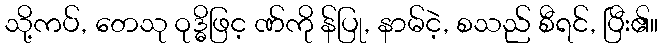
သို့ကပ်, တေသု ဝုဒ္ဓိဖြင့ ဏ်ကို န်ပြု, နာမ်ငဲ့, စသည် စီရင်, ပြီး၏။